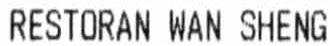
RESTORAN WAN SHENG